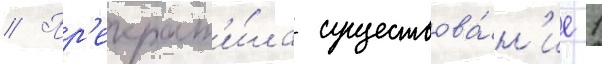
// Пр'екрат'и́ла существова́н'ие 1